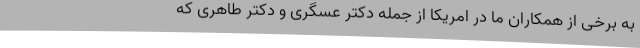
به برخی از همکاران ما در امریکا از جمله دکتر عسگری و دکتر طاهری که